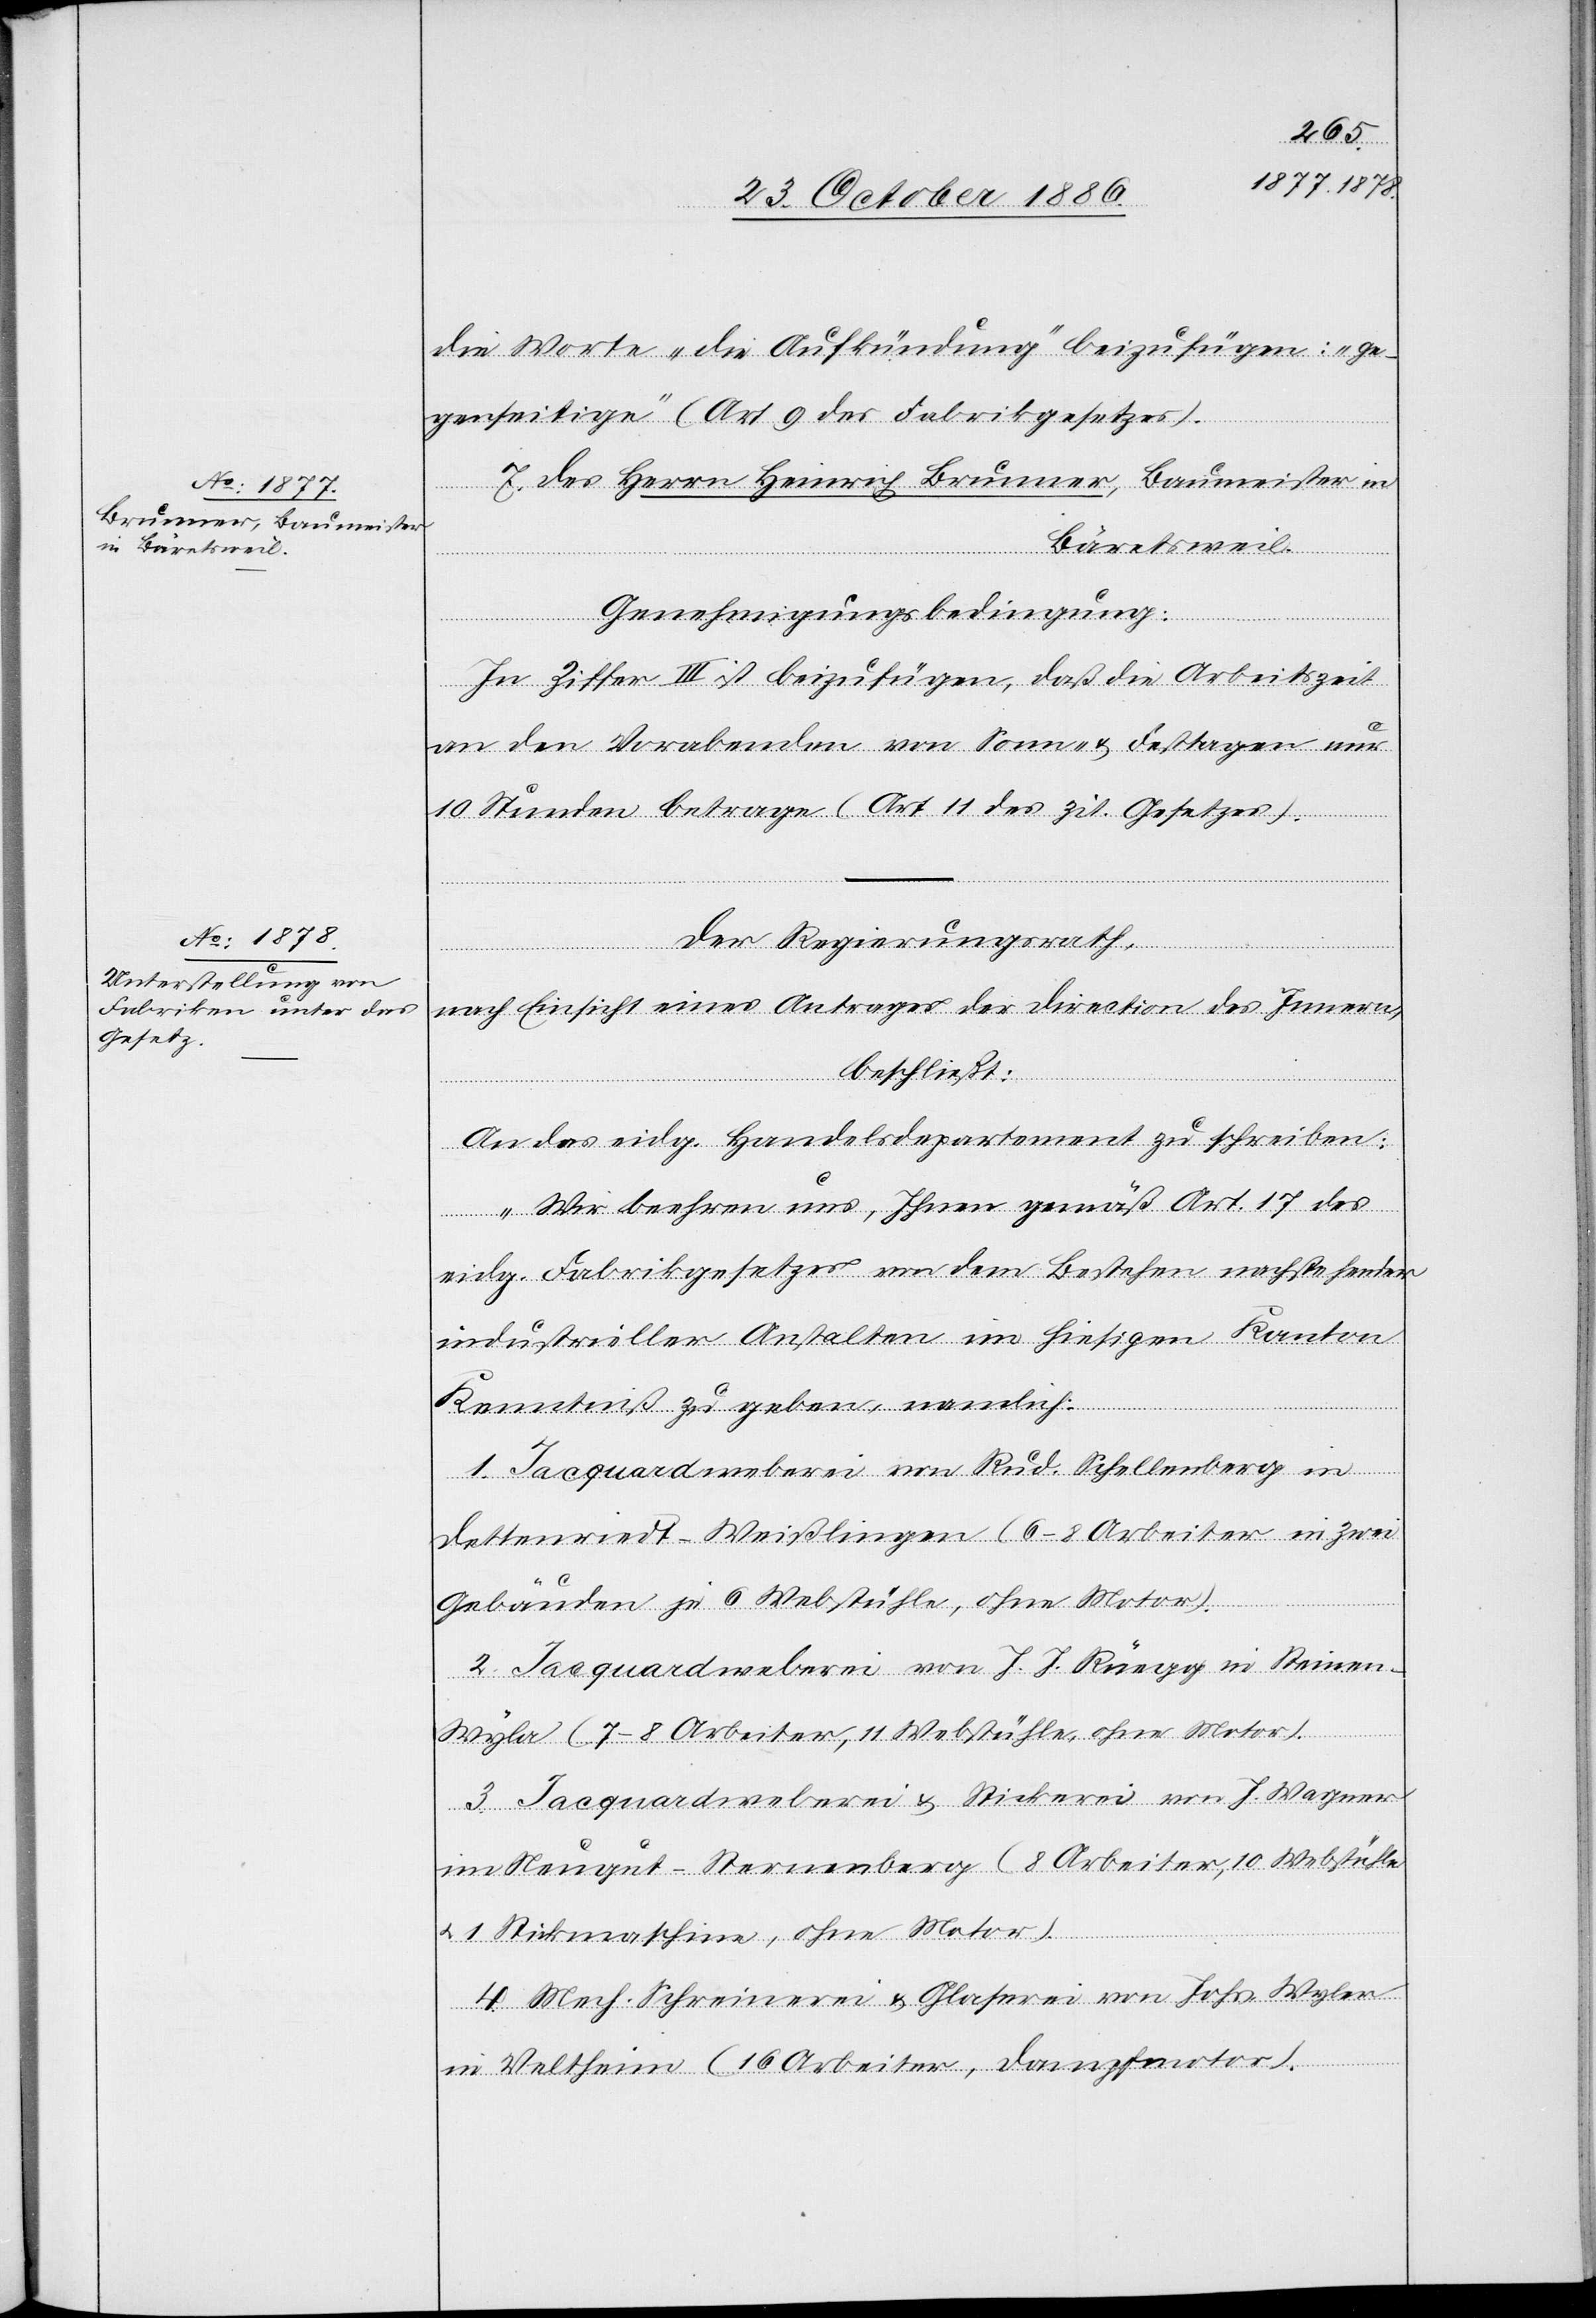
2.254
1886/1875]
die Worte „die Aufkündung“ beizufügen: „ge¬
genseitige“ (Art. 9 des Fabrikgesetzes).
7. des Herrn Heinrich Brunner, Baumeister in
Bäretsweil.
Genehmigungsbedingung:
In Ziffer III ist beizufügen, daß die Arbeitszeit
an den Vorabenden von Sonn- & Festtagen nur
10 Stunden betrage (Art. 11 des zit. Gesetzes).
Der Regierungsrath,
nach Einsicht eines Antrages der Direction des Innern,
beschließt:
An das eidg. Handelsdepartement zu schreiben:
„Wir beehren uns, Ihnen gemäß Art. 17 des
eidg. Fabrikgesetzes von dem Bestehen nachstehender
industrieller Anstalten im hiesigen Kanton
Kenntniß zu geben, namlich
1. Jacquardweberei von Rud. Schellenberg in
Dettenriedt - Weißlingen (6–8 Arbeiter in zwei
Gebäuden je 6 Webstühle, ohne Motor).
2. Jacquardweberei von J. J. Rüegg in Steinen
Wyla (7–8 Arbeiter, 11 Webstühle, ohne Motor).
3. Jacquardweberei & Stickerei von J. Wagner
im Neugut - Sternenberg (8 Arbeiter, 10 Webstühle
& 1 Stickmaschine, ohne Motor).
4. Mech. Schreinerei & Glaserei von Johs. Wyler
in Veltheim (16 Arbeiter, Dampfmotor).